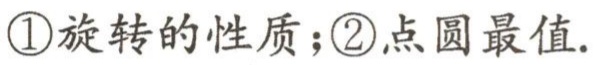
\textcircled{1}旋转的性质；\textcircled{2}点圆最值.